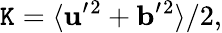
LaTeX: \mathtt{K}=\langle{{\mathbf{{u}}}^{\prime}{}^{2}+{\mathbf{{b}}}^{\prime}{}^{2}}\rangle/2,